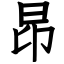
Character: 昂